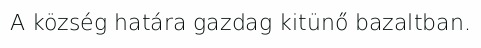
A község határa gazdag kitünő bazaltban.